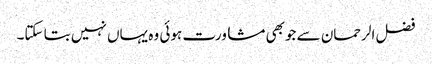
فضل الرحمان سے جوبھی مشاورت ہوئی وہ یہاں نہیں بتا سکتا۔